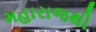
મહારાજથી